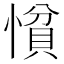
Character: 𢠈